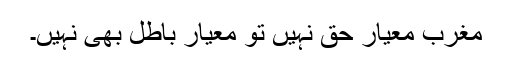
مغرب معیارِ حق نہیں تو معیارِ باطل بھی نہیں۔